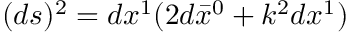
( d s ) ^ { 2 } = d x ^ { 1 } ( 2 d \bar { x } ^ { 0 } + k ^ { 2 } d x ^ { 1 } )